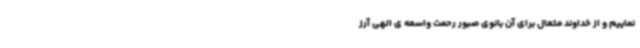
نماییم و از خداوند متعال برای آن بانوی صبور رحمت واسعه ی الهی آرز